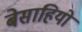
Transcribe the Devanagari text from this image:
बेसाहियो